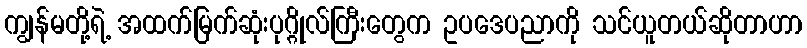
ကျွန်မတို့ရဲ့ အထက်မြက်ဆုံးပုဂ္ဂိုလ်ကြီးတွေက ဥပဒေပညာကို သင်ယူတယ်ဆိုတာဟာ